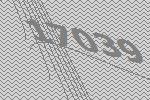
17039